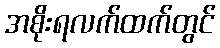
အစိုးရလက်ထက်တွင်